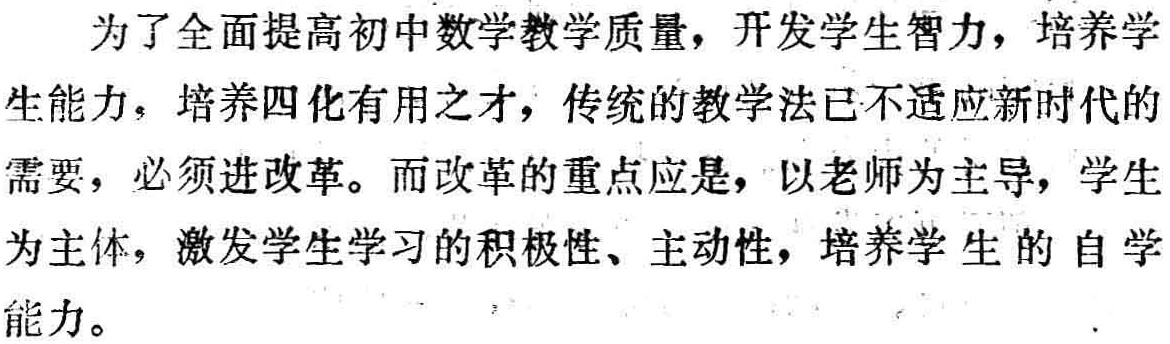
为了全面提高初中数学教学质量，开发学生智力，培养学生能力，培养四化有用之才，传统的教学法已不适应新时代的需要，必须进改革。而改革的重点应是，以老师为主导，学生为主体，激发学生学习的积极性、主动性，培养学生的自学能力。